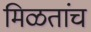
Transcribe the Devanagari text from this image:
मिळतांच